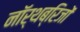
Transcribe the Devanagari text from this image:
नॉर्थब्रिजों